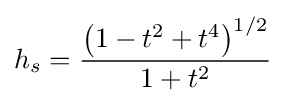
h_{s}={\frac {\left(1-t^{2}+t^{4}\right)^{1/2}}{1+t^{2}}}